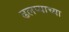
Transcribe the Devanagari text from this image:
ढलप्याच्या